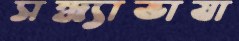
সন্ধ্যাভাষা